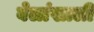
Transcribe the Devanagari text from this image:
वेलांखाली